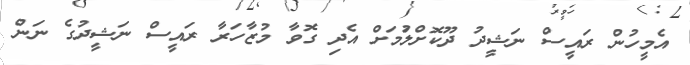
އެމީހުން ރައީސް ނަޝީދު ދޫކޮށްލުަމަށް އެދި ގޮވާ މުޒާހަރާ ރައީސް ނަޝީދުގެ ނަން